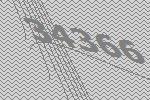
34366